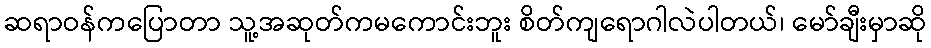
ဆရာဝန်ကပြောတာ သူ့အဆုတ်ကမကောင်းဘူး စိတ်ကျရောဂါလဲပါတယ်၊ မော်ချီးမှာဆို